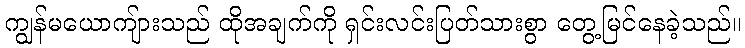
ကျွန်မယောကျ်ားသည် ထိုအချက်ကို ရှင်းလင်းပြတ်သားစွာ တွေ့မြင်နေခဲ့သည်။